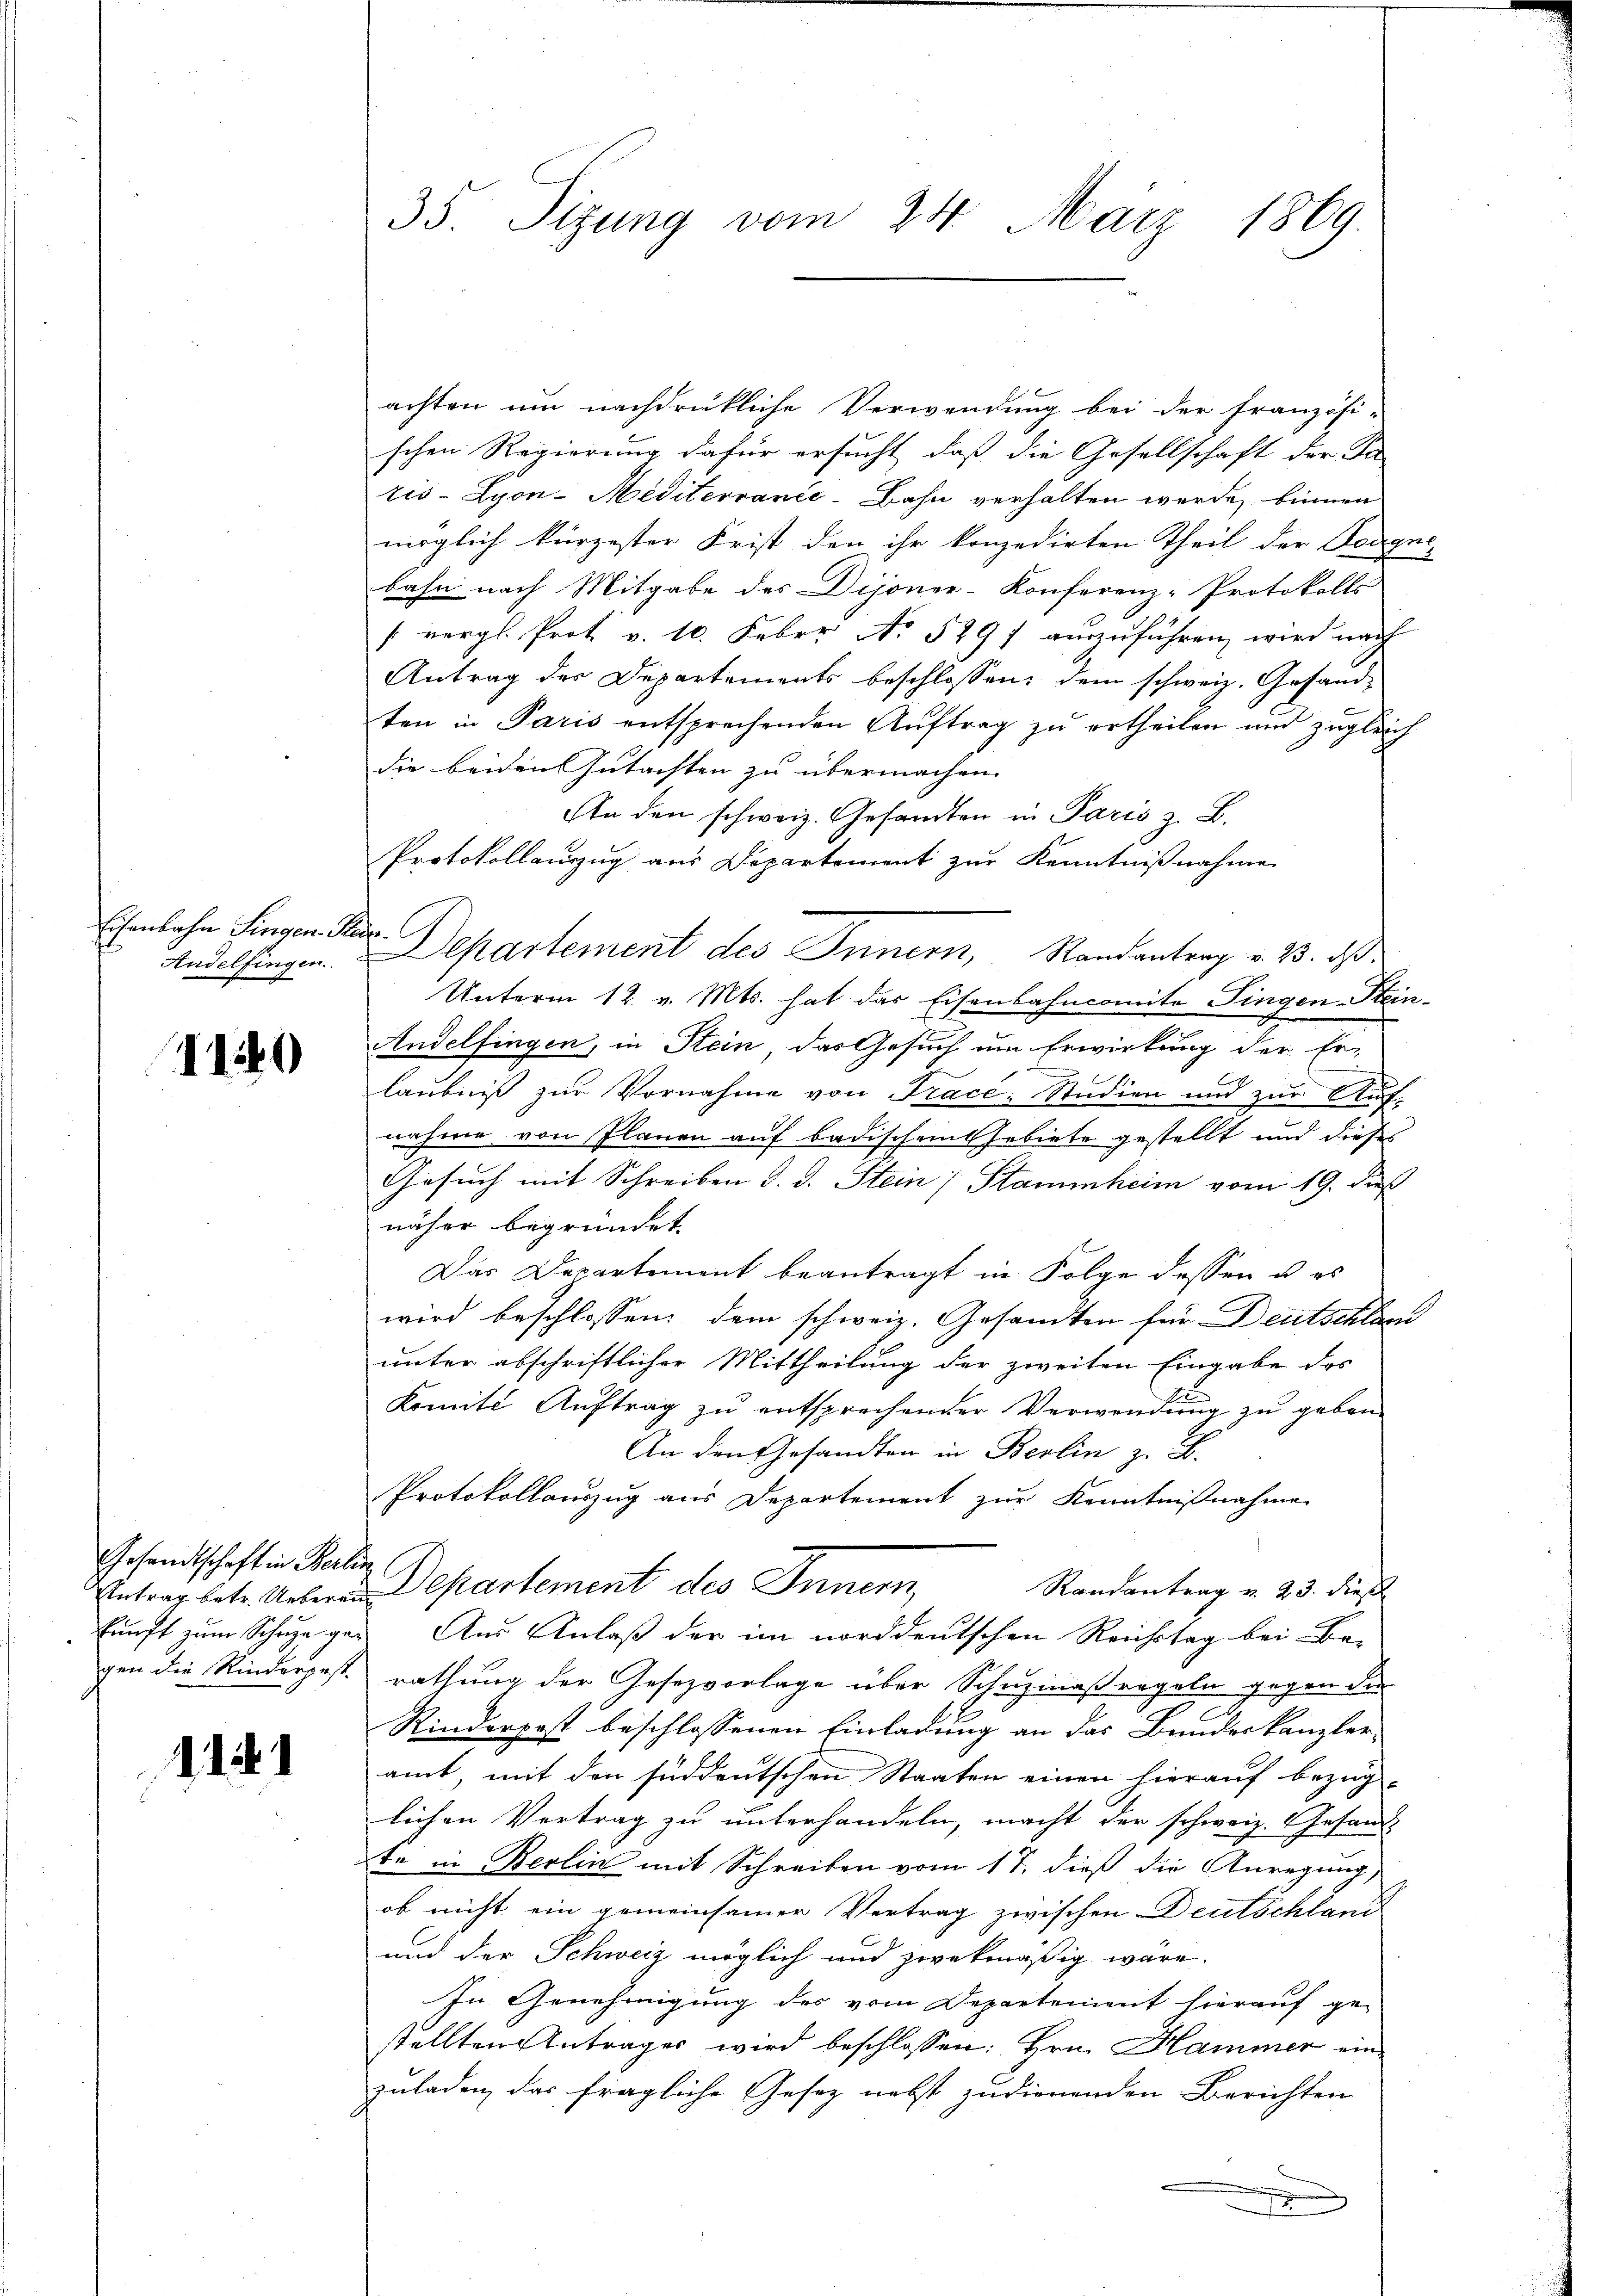
Echenbahn Singen Pa
Andelfingen.

1140

Gesandtschaft in Berlin
Antrag betr. Ueberei
kunft zum Scharge gegen die Kinderpest.

114)

35. Sizung vom 24. März 1869

achten um nachdrückliche Verwendung bei der französi-
schen Regierung dafür ersucht, daß die Gesellschaft der Fa-
ris - Lyon-Mediterravić-Bahn verhalten werde, binnen
möglich kürzester Frist den ihr konzedirten Theil der Dragne
bahn nach Mitgabe des Dijoner-Konferenz-Protokolls
 vergl. Prot. v. 10. Feber No 529 f. auszuführen wird nach
Antrag der Departements beschlossen; dem schweiz. Gesandten in Paris entsprechenden Auftrag zu ertheilen und zugleich
die beiden Gutachten zu übermachen.
An den schweiz. Gesandten in Paris z. B.
Protokollanzug aus Departement zur Kenntnißnahme
G
Departement des Innern, Randantrag v. 23. ds.
Unterm 12. v. Mts. hat das Eisenbahncomite Singen-Stein-
Endelfingen, in Stein, das Gesuch um Erwirkung der Er-
m
laubniß zur Vornahme von Trace, Studien und zur Auf-
nahme von Planen auf badischem Gebiete gestellt und dieses
Gesuch mit Schreiben d. d. Stein Stammheim vom 19. Jus
näher begründet.
Das Departement beantragt in Folge dessen u. es
wird beschlossen: dem schweiz. Gesamten für Deutschlac
unter abschriftlicher Mittheilung der zweiten Eingabe des
Komité Auftrag zu entsprechender Verwendung zu gebon-
An den Gesandten in Berlin z. B.
Protokollauszug aus Departement zur Kenntnißnahme
Departement des Inner,
Randantrag v. 23. dieß
Aus Anlaß der im norddeutschen Reichstag bei Be-
rathung der Gesezvorlage über Schuzmaßregeln gegen die
Rinderpost beschlossenen Einladung an das Bundeskanzler-
amt mit den süddeutschen Staaten einen hierauf bezüg-
lichen Vertrag zu unterhandeln, macht der schweiz. Gesandt
te in Berlin mit Schreiben vom 17. dieß die Anregung
ob nicht ein gemeinsamer Vertrag zwischen Deutschland
und der Schweiz möglich und zwekmäßig wäre.
In Genehmigung des vom Departement hierauf ge-
stellten Antrages wird beschlossen: Hrn. Hammer einzuladen, das fragliche Gesetz nebst zudienenden Berichten
e